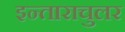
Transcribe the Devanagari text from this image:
इन्ताराचुलर